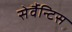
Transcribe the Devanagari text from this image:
सेर्वैन्टिस